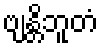
ဗျန္တိဘူတံ